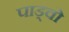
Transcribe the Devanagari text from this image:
पाड्वो